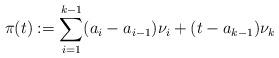
LaTeX: \begin{align*}\pi (t) := \sum_{i=1}^{k-1} (a_i - a_{i-1})\nu_i + (t-a_{k-1})\nu_k\end{align*}